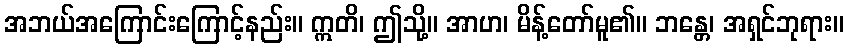
အဘယ်အကြောင်းကြောင့်နည်း။ ဣတိ၊ ဤသို့။ အာဟ၊ မိန့်တော်မူ၏။ ဘန္တေ၊ အရှင်ဘုရား။